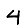
Digit: 4